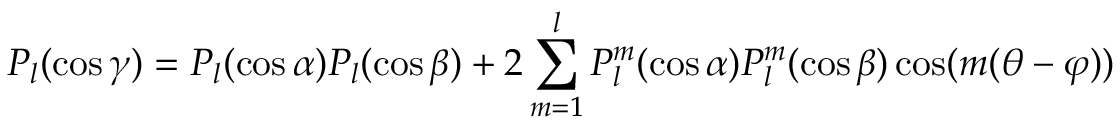
P _ { l } ( \cos \gamma ) = P _ { l } ( \cos \alpha ) P _ { l } ( \cos \beta ) + 2 \sum _ { m = 1 } ^ { l } P _ { l } ^ { m } ( \cos \alpha ) P _ { l } ^ { m } ( \cos \beta ) \cos ( m ( \theta - \varphi ) )